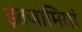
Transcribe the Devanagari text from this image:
इंतजामियां